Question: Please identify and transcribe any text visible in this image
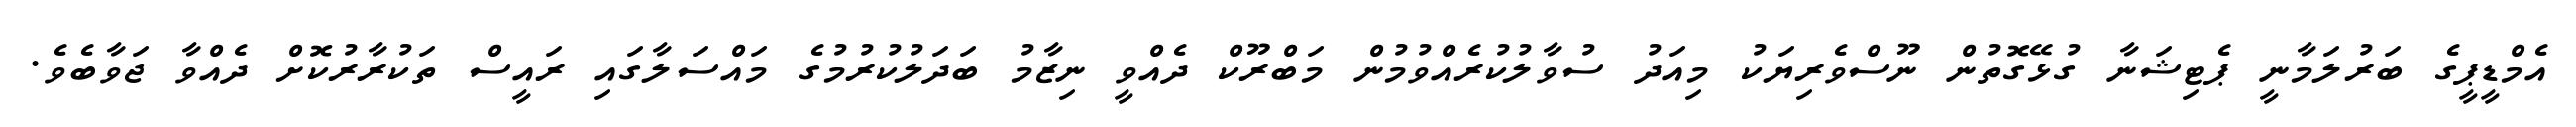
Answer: އެމްޑީޕީގެ ބަރުލަމާނީ ޕެޓިޝަނާ ގުޅޭގޮތުން ނޫސްވެރިޔަކު މިއަދު ސުވާލުކުރެއްވުމުން މަބްރޫކް ދެއްވީ ނިޒާމު ބަދަލުކުރުމުގެ މައްސަލާގައި ރައީސް ތަކުރާރުކޮށް ދެއްވާ ޖަވާބެވެ.